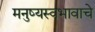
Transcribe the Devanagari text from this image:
मनुष्यस्वभावाचे